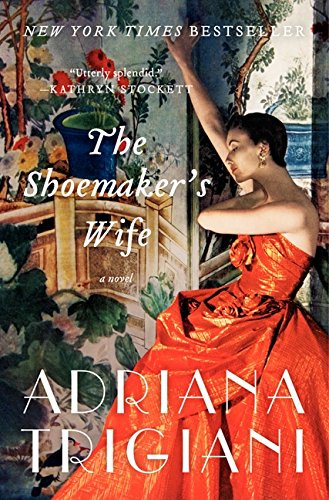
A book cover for The Shoemaker's Wife: A Novel; Adriana Trigiani; Literature & Fiction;